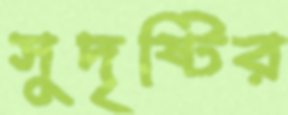
সুদৃষ্টির